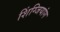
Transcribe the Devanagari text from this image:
शिंग्जियांग